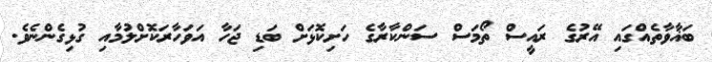
ބަޣާވާތެއްގައި އޭރުގެ ރައީސް ތޯމަސް ސަންކާރާގެ ހަށިކޮޅަށް ބަޑި ޖަހާ އަވަހާރަކޮށްލުމާއި ގުޅިގެންނެވެ.